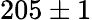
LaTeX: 205\pm 1